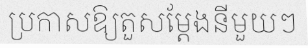
ប្រកាសឱ្យតួសម្តែងនីមួយៗ